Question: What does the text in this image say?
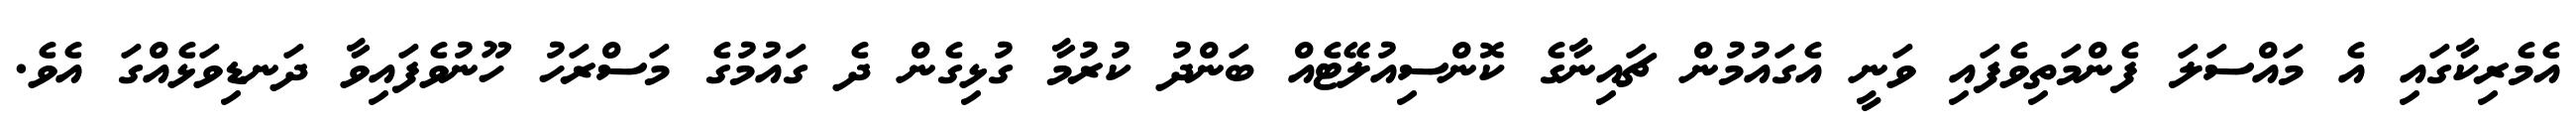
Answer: އެމެރިކާގައި އެ މައްސަލަ ފެންމަތިވެފައި ވަނީ އެގައުމުން ޗައިނާގެ ކޮންސިއުލޭޓެއް ބަންދު ކުރުމާ ގުޅިގެން ދެ ގައުމުގެ މަސްރަހު ހޫނުވެފައިވާ ދަނޑިވަޅެއްގަ އެވެ.